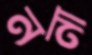
ননা